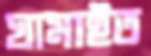
ঘামাইত